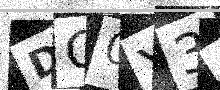
Text: DO0Y38